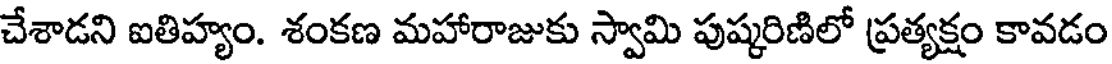
చేశాడని ఐతిహ్యం. శంకణ మహారాజుకు స్వామి పుష్కరిణిలో ప్రత్యక్షం కావడం